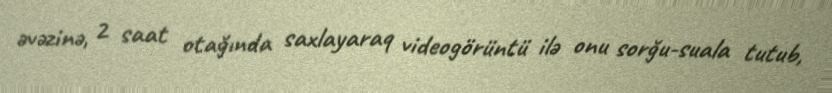
əvəzinə, 2 saat otağında saxlayaraq videogörüntü ilə onu sorğu-suala tutub,